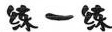
练一练